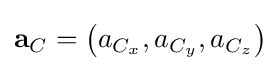
\mathbf {a} _{C}=\left(a_{C_{x}},a_{C_{y}},a_{C_{z}}\right)